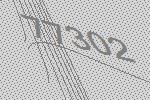
77302